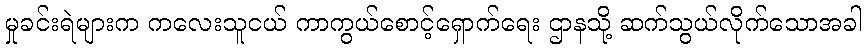
မှုခင်းရဲများက ကလေးသူငယ် ကာကွယ်စောင့်ရှောက်ရေး ဌာနသို့ ဆက်သွယ်လိုက်သောအခါ